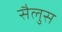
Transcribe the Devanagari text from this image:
सैलुस